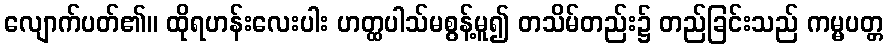
လျောက်ပတ်၏။ ထိုရဟန်းလေးပါး ဟတ္ထပါသ်မစွန့်မူ၍ တသိမ်တည်း၌ တည်ခြင်းသည် ကမ္မပတ္တ